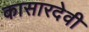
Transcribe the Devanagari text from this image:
कासारदेवी